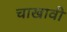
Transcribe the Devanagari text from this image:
चाखावी